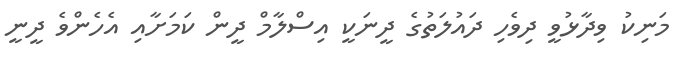
މަނިކު ވިދާޅުވީ ދިވެހި ދައުލަތުގެ ދީނަކީ އިސްލާމް ދީން ކަމަށާއި އެހެންވެ ދީނީ